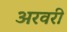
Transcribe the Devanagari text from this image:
अरवरी